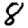
Digit: 8